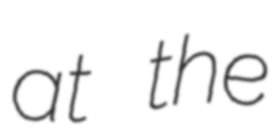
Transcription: at the